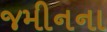
જમીનના